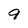
Character: 9